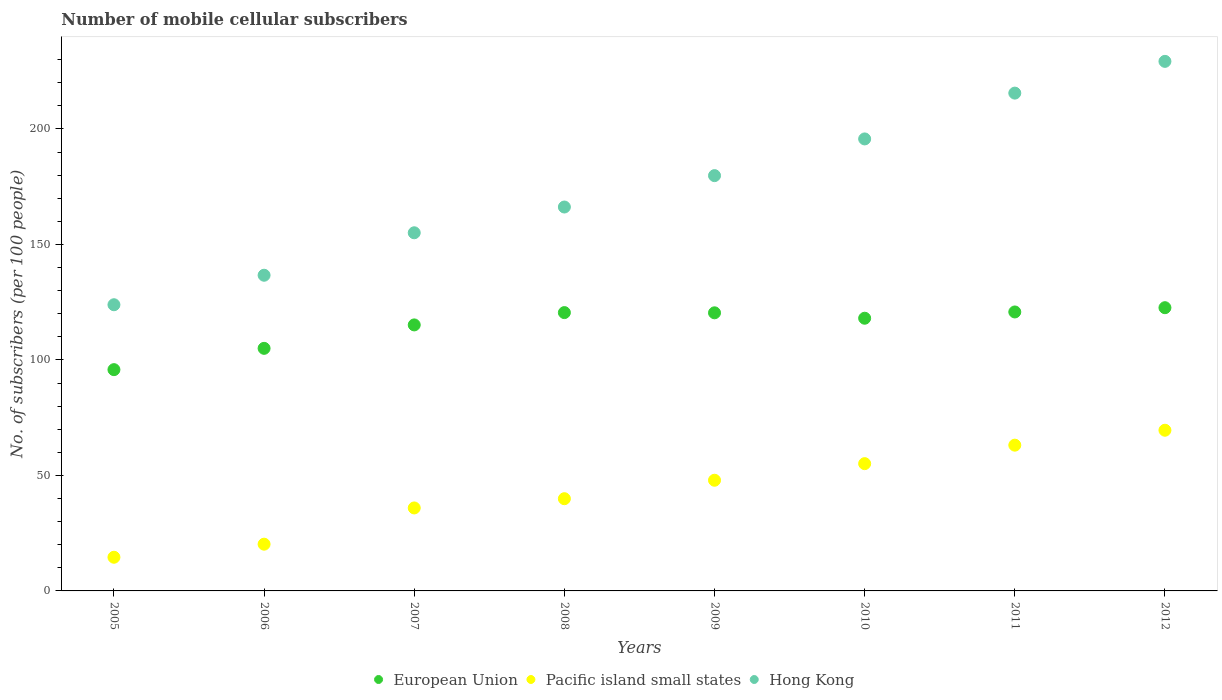
| Years | European Union | Pacific island small states | Hong Kong |
 | --- | --- | --- | --- |
 | 2005 | 95.8 | 14.6 | 124 |
 | 2006 | 105 | 20.2 | 137 |
 | 2007 | 115 | 35.9 | 155 |
 | 2008 | 120 | 39.9 | 166 |
 | 2009 | 120 | 47.9 | 180 |
 | 2010 | 118 | 55.1 | 196 |
 | 2011 | 121 | 63.1 | 216 |
 | 2012 | 123 | 69.6 | 229 |